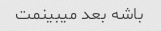
باشه بعد میبینمت